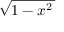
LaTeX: \sqrt { 1 - x ^ { 2 } \, }